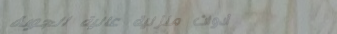
أدوات منزلية عالية الجودة